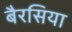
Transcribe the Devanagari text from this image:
बैरसिया